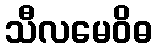
သီလမေဝိဓ